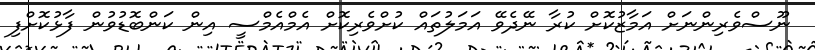
ނޫސްވެރިންނަށް އަމާޒުކޮށް ކުރާ ނޭދެވޭ އަމަލުތައް ކުށްވެރިކޮށް އެމްއެމްސީ އިން ކަންބޮޑުވުން ފާޅުކޮށްފި